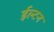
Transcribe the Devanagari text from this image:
ईल्टन